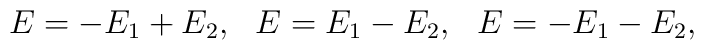
\begin{array}{lll}E=-E_1+E_2, & E=E_1-E_2, & E=-E_1-E_2 ,\end{array}